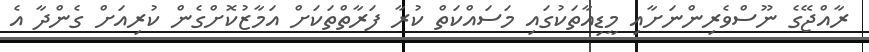
ރާއްޖޭގެ ނޫސްވެރިންނަށާއި މީޑިއާތަކުގައި މަސައްކަތް ކުރާ ފަރާތްތަކަށް އަމާޒުކޮށްގެން ކުރިއަށް ގެންދާ އެ